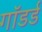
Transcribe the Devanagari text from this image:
गॉडर्ड